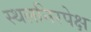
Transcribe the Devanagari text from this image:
स्थलनिरपेक्ष